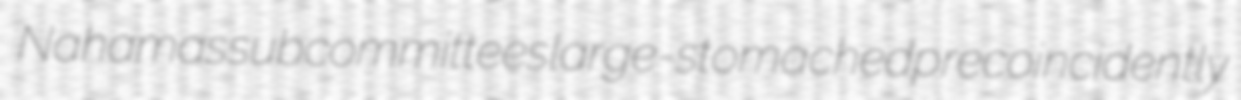
Nahamas subcommittees large-stomached precoincidently